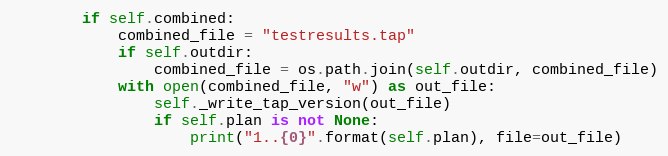
Language: Python
        if self.combined:
            combined_file = "testresults.tap"
            if self.outdir:
                combined_file = os.path.join(self.outdir, combined_file)
            with open(combined_file, "w") as out_file:
                self._write_tap_version(out_file)
                if self.plan is not None:
                    print("1..{0}".format(self.plan), file=out_file)